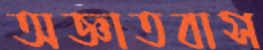
অজ্ঞাতবাস